Report of the King Institute of Preventive Medicine, Guindy
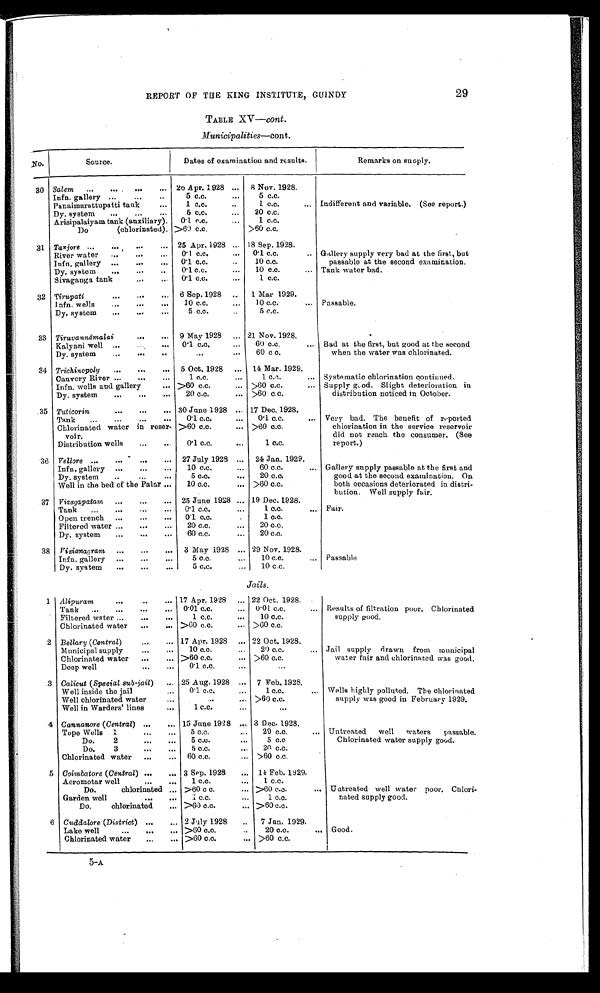
REPORT OF THE KING INSTITUTE, GUINDY
29
TABLE XV —cont.
M M u n i c i p a l i t i e s — c o n t .
No.
Source.
Dates of examination and results.
Remarks on suoply.
30 Salem
...
....
...
... 20 Apr. 1928 ...
8 Nov. 1928.
Infn. gallery ...
..
..
5 c.c.
...
5 c.c.
Panaimarattupatti tank
...
1 c.c.
1. c.c.
. . . Indifferent and variable. (See report.)
Dy. system
...
...
...
5 c.c.
...
20 c.c.
Arisipalaiyam tank (auxiliary).
0.1 c.c.
...
1 c.c.
Do
(chlorinated). >60 c.c.
>60 c.c.
..
31 Tanjore ...
...
...
... 25 Apr. 1928 ... 18 Sep. 1928.
River water
...
...
...
0.1 c.c.
...
0 . 1 c.c.
.. Gallery supply very bad at the first, but
passable at the second examination,
Tank water bad.
Infn. gallery ...
...
...
0.1 c . c.
..
10 c.c.
Dy. system
...
...
..
0.1 c.c.
...
10 c.c.
...
Sivaganga tank
...
0.1 c.c.
1 c.c.
32 Tirnpati
...
...
...
6 Sep. 1928
1 Mar 1929.
Infn. wells
...
...
...
10 c.c.
...
10 c.c.
... Passable.
Dy. system
...
...
...
5 c.c.
5 c.c.
33 Tiravannāmalai
...
...
9 May 1928
... 21 Nov. 1928.
Kalyani well ...
...
0.1 c.c.
...
60 c.c.
... Bad at the first, but good at the second
when the water was chlorinated.
Dy. system
...
...
. . .
...
60 c c.
34 Trichinopoly
...
...
... 5 Oct. 1928
...
14 Mar. 1929.
Cauvery River ...
...
...
1 c.c.
...
1 c.c.
... Systematic chlorination continued.
Supply good. Slight deterioration in
distribution noticed in October.
Infn, wells and gallery
... >60 c.c.
... >60 c.c.
...
Dy. system
...
...
...
20 c.c.
... >60 c.c.
.35 Tuticorin
...
...
... 30 Jane 1928 ... 17 Dec. 1928.
Tank
...
...
...
...
0. 1 c.c.
...
0. 1 c.c.
... Very bad. The benefit of reported
chlorination in the service reservoir
did not reach the consumer. (See
report.)
Chlorinated water in
r e s e r -
voir.
>60 c.c.
... >60 c.c.
Distribution wells
...
...
0.1 c.c.
...
1 c.c.
36 Vellare ...
...
...
... 27 July 1928 ...
24 Jan. 1929.
Infn. gallery ...
...
...
10 c.c.
...
60 c.c,
... Gallery supply passable at the first and
good at the second examination. On
both occasions deteriorated in distri.
bution. Well supply fair.
Dy. system
..
...
...
5 c.c.
..,
20 c.c.
Well in the bed of the Palar ...
10 c.c.
... >60 c.c.
37 Vizagapatam
...
...
... 25 June 1928 ... 19 Dec. 1928.
Tank
...
...
...
...
0.1 c.c.
...
1 c.c,
. . . Fair.
Open trench
...
...
...
0.1 c.c.
.
1 c.c.
Filtered water ...
...
...
20 c.c.
...
20 c.c.
Dy. system
...
...
...
60 c.c.
...
20 c.c.
38 Vizianagram ...
...
...
3 May 1928 ... 29 Nov. 1928.
Infn, gallery
...
...
. . .
5 c.c.
. . .
10 c.c.
... Passable
Dy. system
...
...
...
5 c.c.
. . . 10 c.c.
Jails.
1 Alipuram ...
...
. . . 17 Apr. 1928
... 22 Oct. 1928.
Tank
...
...
...
...
0.01 c.c.
...
0.01. c.c.
... Results of filtration poor. Chlorinated
supply good .
Filtered water ...
...
...
1 c.c.
...
10 c.c.
Chlorinated water
...
... >60 c.c.
... >60 c.c.
2 Bellary ( Central) ...
... 17 Apr. 1928 ... 22 Oct. 1928.
Municipal supply
...
...
10 c.c.
...
20 c.c.
... .Jail supply drawn from municipal
water fair and chlorinated was good.
Chlorinated water
...
... >60 c.c.
... >60 c.c.
Deep well
...
...
0.1 c.c.
. . .
...
3 Calicut (Special sub-jail ) ... 25 Aug, 1928 ... 7 Feb. 1928.
Well inside the jail
0.1 c.c.
...
1 c.c.
... Wells highly polluted. The chlorinated
supply was good in February 1929.
Well chlorinated water
...
. . .
>60 c.c.
Well in Warders' lines
1 c . c .
. . .
...
4 Cannanore ( Central) ...
... 15 June 1928
. . . 3 Dec. 1928.
Tope Wells 1
...
. . .
5 c.c.
20 c.c.
... Untreated
well
waters
passable.
Chlorinated water supply good.
Do.
2
...
...
5 c.c.
...
5 c.c
Do.
3
...
...
5 c.c.
20 c.c.
Chlorinated water
...
... 60 c.c.
... >60 c.c.
5 Coimbatore ( Central) ...
... 3 Sep. 1928
... 14 Feb. 1929.
Aeromotar well
...
...
1 c.c.
...
1 c.c.
Do.
chlorinated ... >60 c c.
.., >60 c.c.
... Untreated well water poor. Chlori-
nated supply good.
Garden well
...
...
1 c.c.
...
1 c.c.
Do.
chlorinated
... >60 c.c.
... >60 c.c.
6 Cuddalore (District) ...
... 2 July 1928
..
7 Jan. 1929.
Lake well
...
...
. . . >60 c.c.
..
20 c.c.
... Good,
Chlorinated water
...
... >60 c.c.
... >60 c.c.
5-A